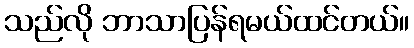
သည်လို ဘာသာပြန်ရမယ်ထင်တယ်။